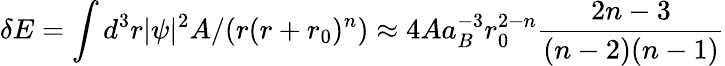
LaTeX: \delta E=\int d^{3}r|\psi|^{2}A/(r(r+r_{0})^{n})\approx 4Aa_{B}^{-3}r_{0}^{2-n}\frac{2n-3}{(n-2)(n-1)}